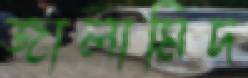
জালামিদ